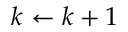
k \leftarrow k + 1